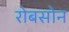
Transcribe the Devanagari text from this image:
रोबसोन